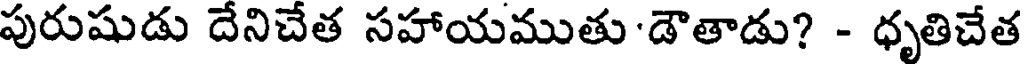
పురుషుడు దేనిచేత సహాయముతు 'డౌతాడు? - ధృతిచేత